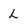
Character: L